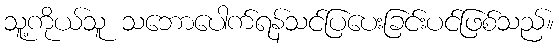
သူ့ကိုယ်သူ သဘောပေါက်ရန်သင်ပြပေးခြင်းပင်ဖြစ်သည်။